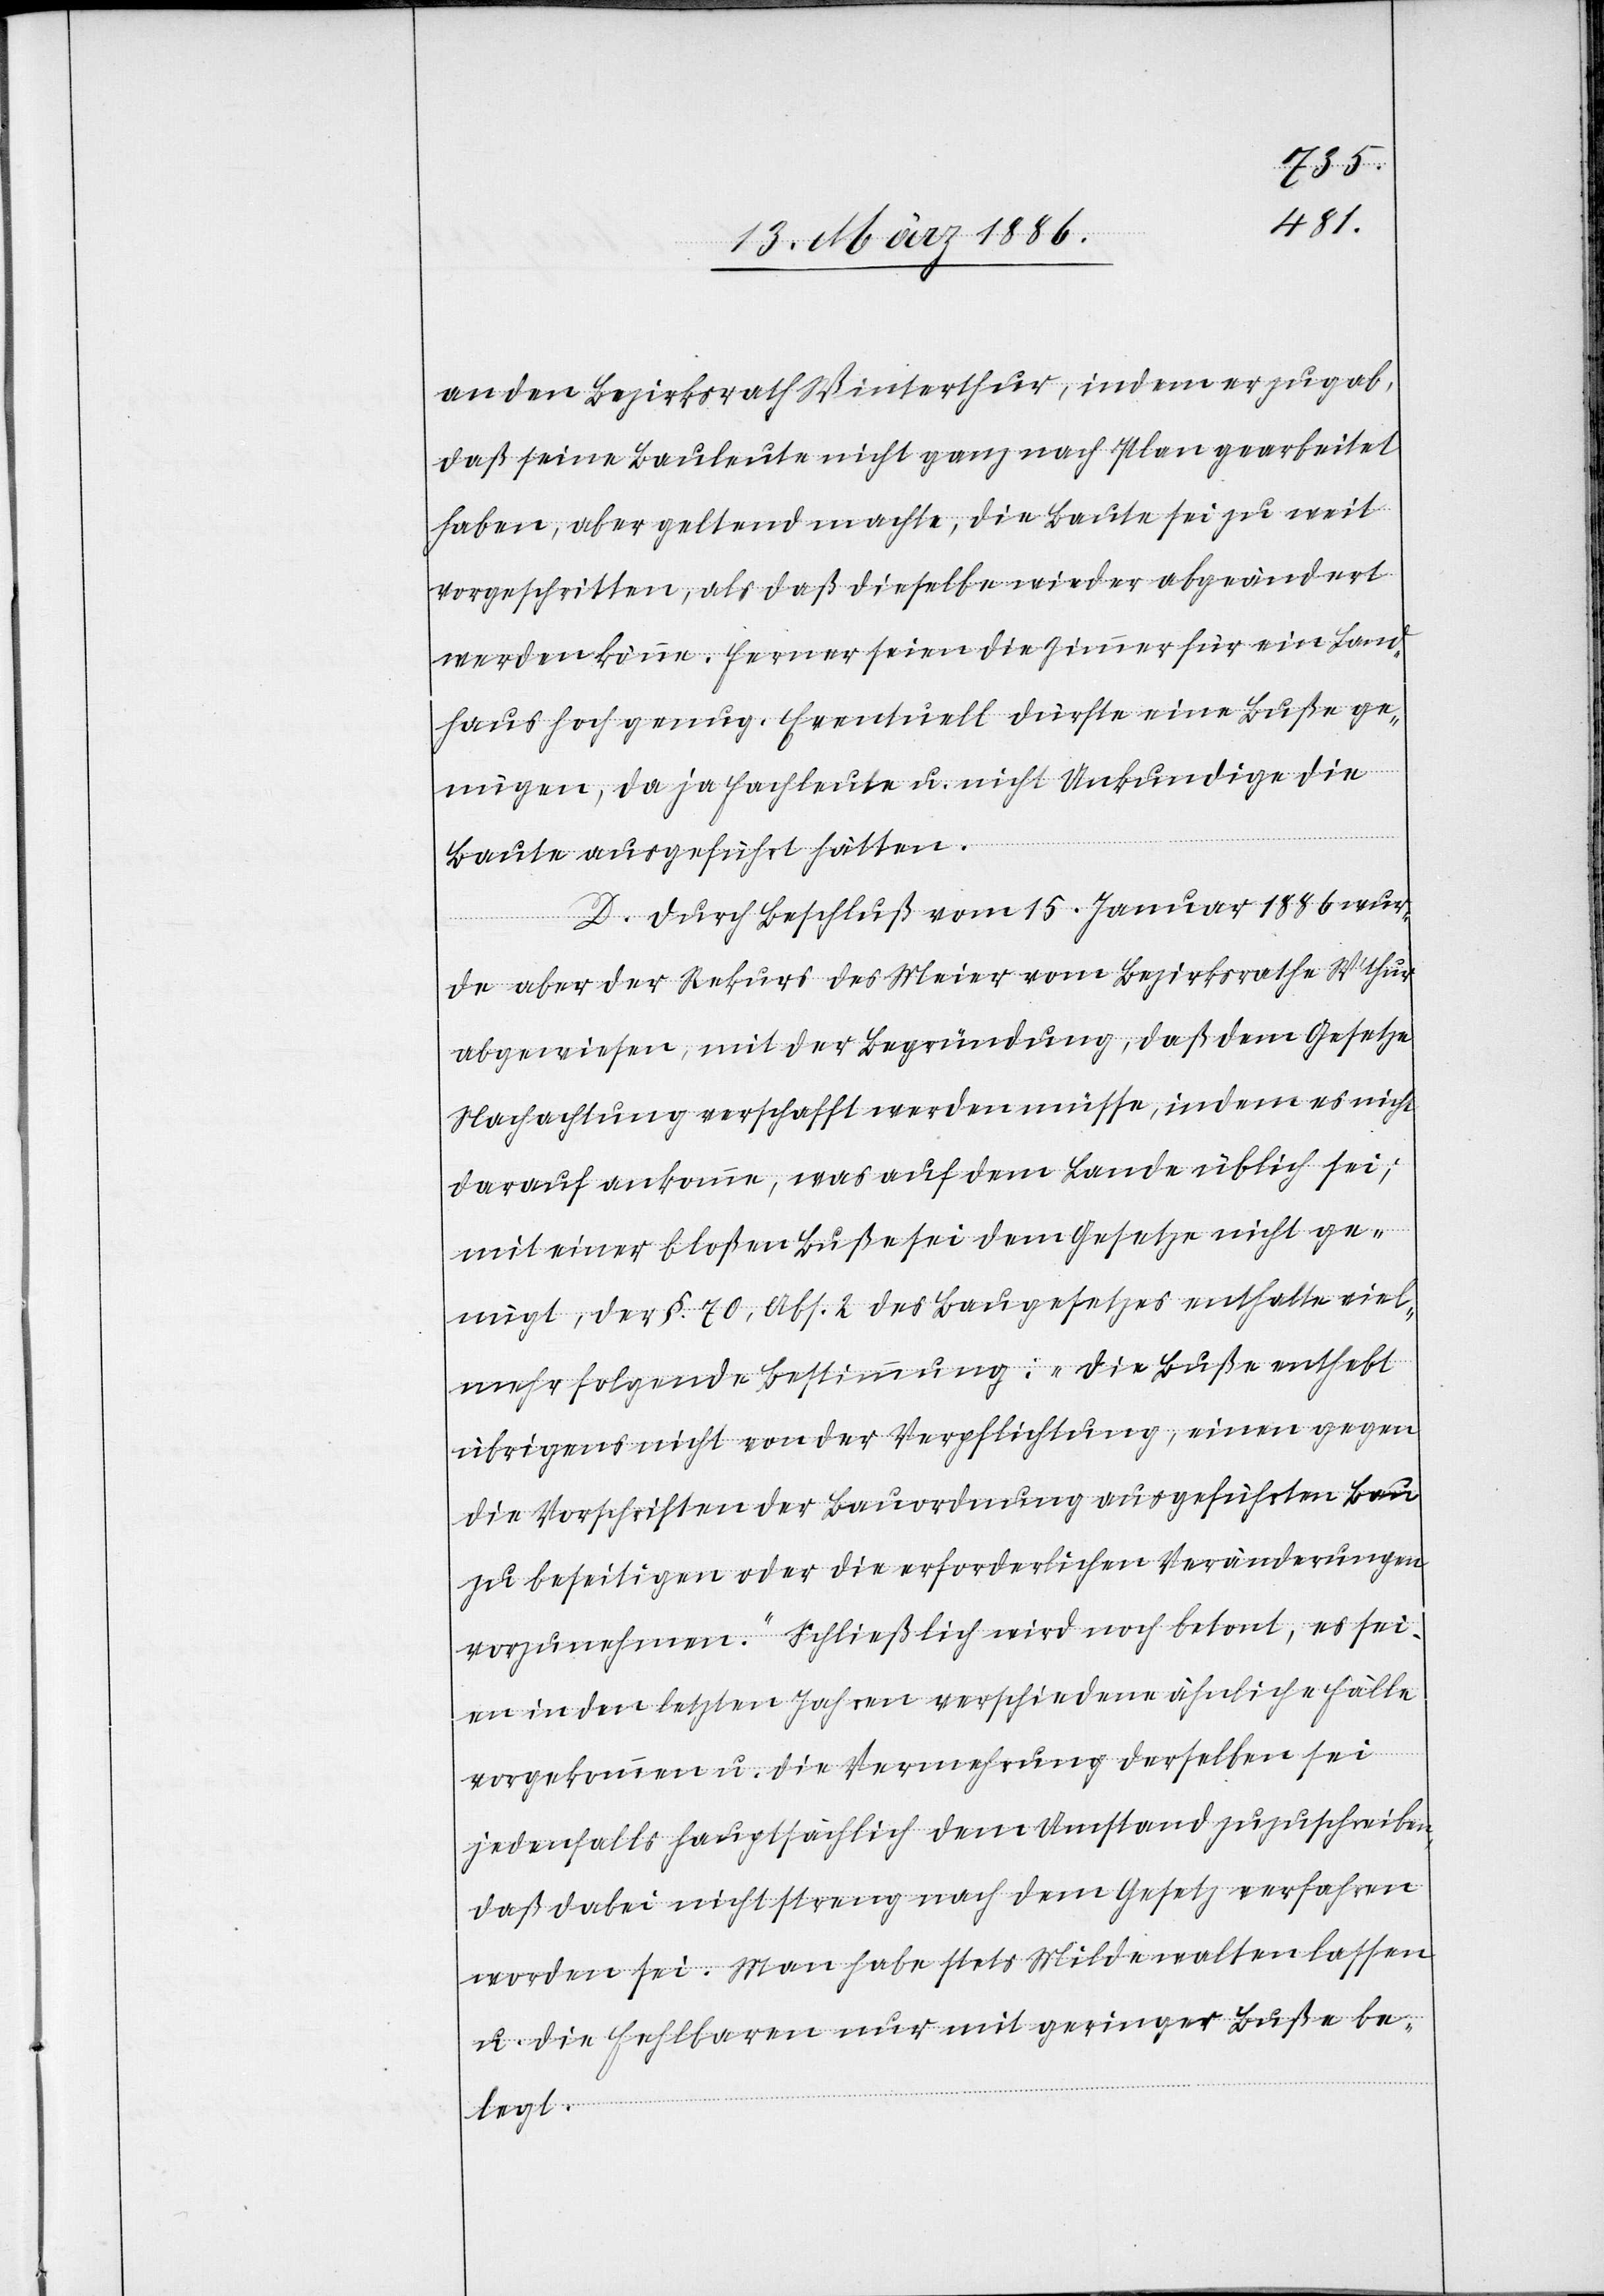
an den Bezirksrath Winterthur, indem er zugab,
daß seine Bauleute nicht ganz nach Plan gearbeitet
haben, aber geltend machte, die Baute sei zu weit
vorgeschritten, als daß dieselbe wieder abgeändert
werden könne. Ferner seien die Zimmer für ein Land¬
haus hoch genug. Eventuell dürfte eine Buße ge¬
nügen, da ja Fachleute u. nicht Unkundige die
Baute ausgeführt hätten.
D. Durch Beschluß vom 15. Januar 1886 wur¬
de aber der Rekurs des Meier vom Bezirksrathe [Winterthur]
abgewiesen, mit der Begründung, daß dem Gesetze
Nachachtung verschafft werden müsse, indem es nicht
darauf ankomme, was auf dem Lande üblich sei;
mit einer bloßen Buße sei dem Gesetze nicht ge¬
nügt, der §. 70, Abs. 2 des Baugesetzes enthalte viel¬
mehr folgende Bestimmung: „Die Buße enthebt
übrigens nicht von der Verpflichtung, einen gegen
die Vorschriften der Bauverordnung ausgeführten Bau
zu beseitigen oder die erforderliche Veränderungen
vorzunehmen.“ Schließlich wird noch betont, es sei¬
en in den letzten Jahren verschiedene ähnliche Fälle
vorgekommen u. die Vermehrung derselben sei
jedenfalls hauptsächlich dem Umstand zuzuschreiben,
daß dabei nicht streng nach dem Gesetz verfahren
worden sei. Man habe stets Milde walten lassen
u. die Fehlbaren nur mit geringer Buße be¬
legt.